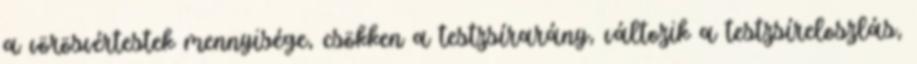
a vörösvértestek mennyisége, csökken a testzsírarány, változik a testzsíreloszlás,